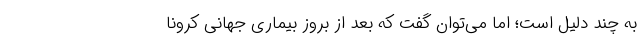
به چند دلیل است؛ اما می‌توان گفت که بعد از بروز بیماری جهانی کرونا